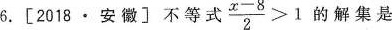
6. [2018·安徽] 不等式$$\frac { x - 8 } { 2 } > 1$$的解集是